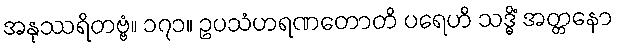
အနုဿရိတဗ္ဗံ။ ၁၇၁။ ဥပသံဟရဏတောတိ ပရေဟိ သဒ္ဓိံ အတ္တနော